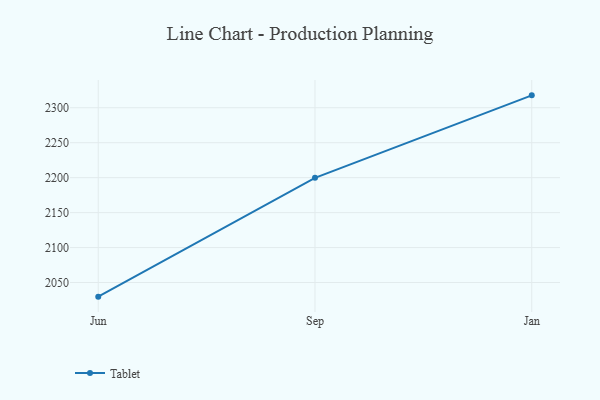
{"axis": {"x": "Month", "y": "Humidity (%)"}, "legend": ["Tablet"], "data": [{"x": "Jun", "y": 2029.8, "type": "Tablet"}, {"x": "Sep", "y": 2199.7, "type": "Tablet"}, {"x": "Jan", "y": 2317.7, "type": "Tablet"}]}